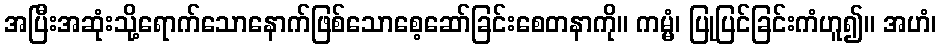
အပြီးအဆုံးသို့ရောက်သောနောက်ဖြစ်သောစေ့ဆော်ခြင်းစေတနာကို။ ကမ္မံ၊ ပြုပြင်ခြင်းကံဟူ၍။ အဟံ၊